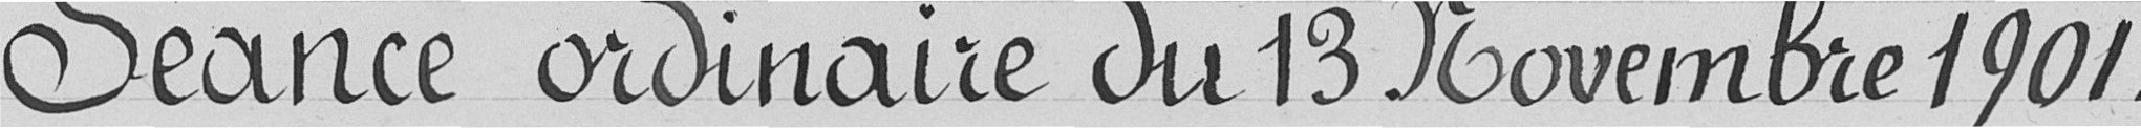
Séance ordinaire du 13 novembre 1901